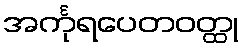
အင်္ကုရပေတဝတ္ထု